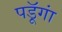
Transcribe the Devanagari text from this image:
पडॅ़ूगां